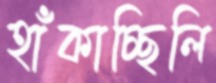
হাঁকাচ্ছিলি